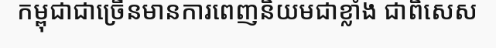
កម្ពុជាជាច្រើនមានការពេញនិយមជាខ្លាំង ជាពិសេស